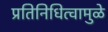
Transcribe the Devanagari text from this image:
प्रतिनिधित्वामुळे